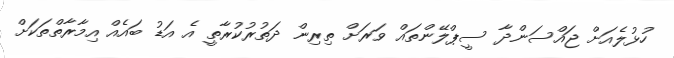
ހުޅުލެއަށް ޖައްސަންދާ ސީޕްލޭންތައް ވަރަށް ތިރިން ދަތުުރުކުރާތީ އެ އަޑު ބައެއް އިމާރާތްތަކަށް